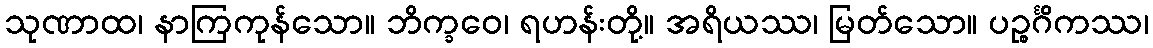
သုဏာထ၊ နာကြကုန်သော။ ဘိက္ခဝေ၊ ရဟန်းတို့။ အရိယဿ၊ မြတ်သော။ ပဉ္စင်္ဂိကဿ၊